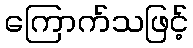
ကြောက်သဖြင့်